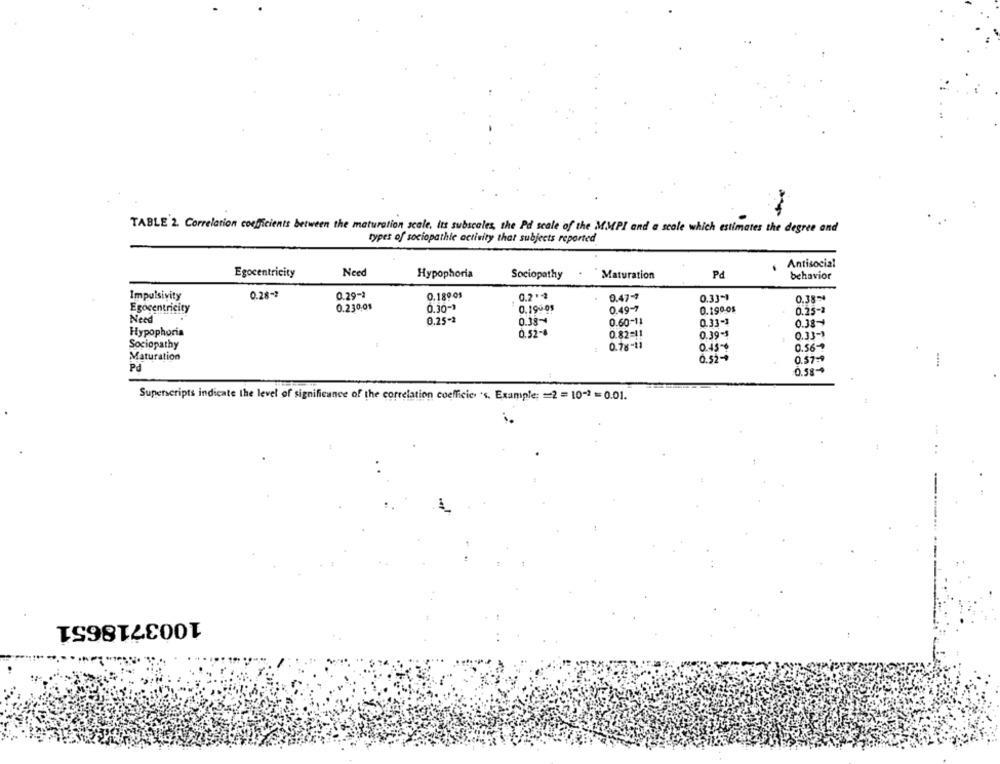
TABLE 2. Correlation coefficients between the maturation scale, Its subscales, the Pd scale of the MMPI and a scale which estimates the degree and
types of sociopathle activity that subjects reported
Antisocial
Egocentricity
Need
Hypophoria
Sociopathy
Maturation
Pd
behavior
Impulsivity
0.28-2
0.29-1
0.189-05
0.2 "-2
0.47-7
0.33-1
0.38 **
Egocentricity
0.230.01
0.30-3
0.199 05
0.49-7
0.199.0$
0.25-2
Need
0.25-2
0.38~
0.60-11
0.33-1
0.33-+
Hypophoria
0.52-8
0.82=11
0.39-$
0.33-1
Sociopathy
0.78-11
0.45-0
0.56?
Maturation
0.52-4
0.57:9
Pd
0.58-
Superscripts indicate the level of significance of the correlation coefficic 's. Example; = 2 = 10-2 = 0.01.
1003718651